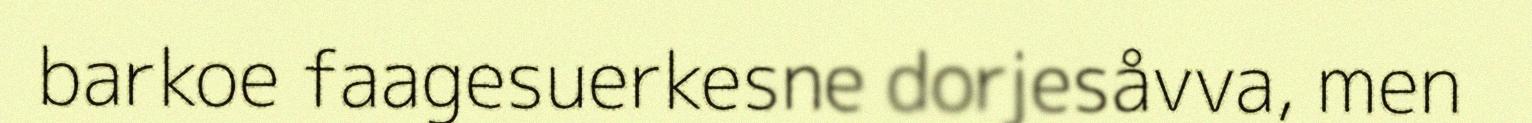
barkoe faagesuerkesne dorjesåvva, men